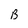
Character: B